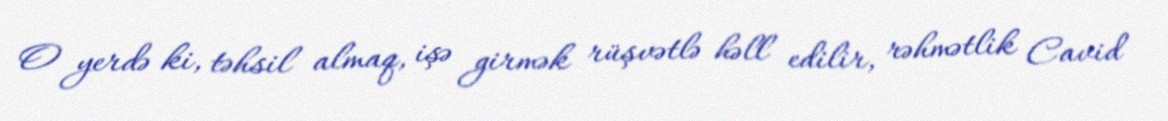
O yerdə ki, təhsil almaq, işə girmək rüşvətlə həll edilir, rəhmətlik Cavid